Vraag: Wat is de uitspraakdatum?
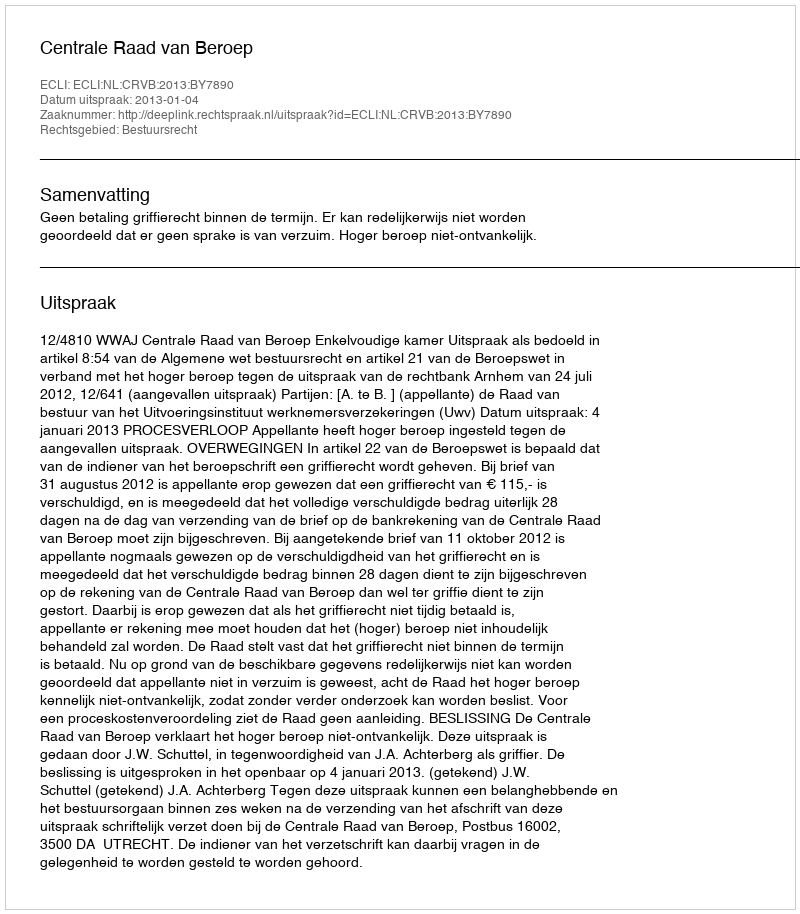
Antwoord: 2013-01-04